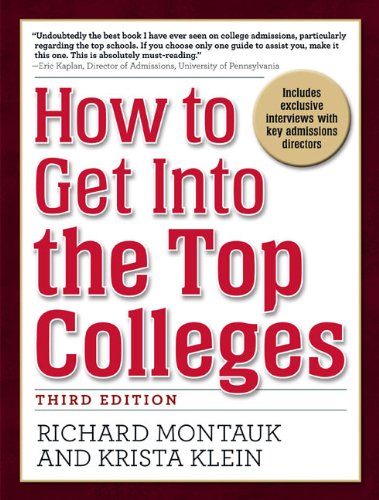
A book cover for How to Get Into the Top Colleges, 3rd ed; Richard Montauk J.D.; Education & Teaching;